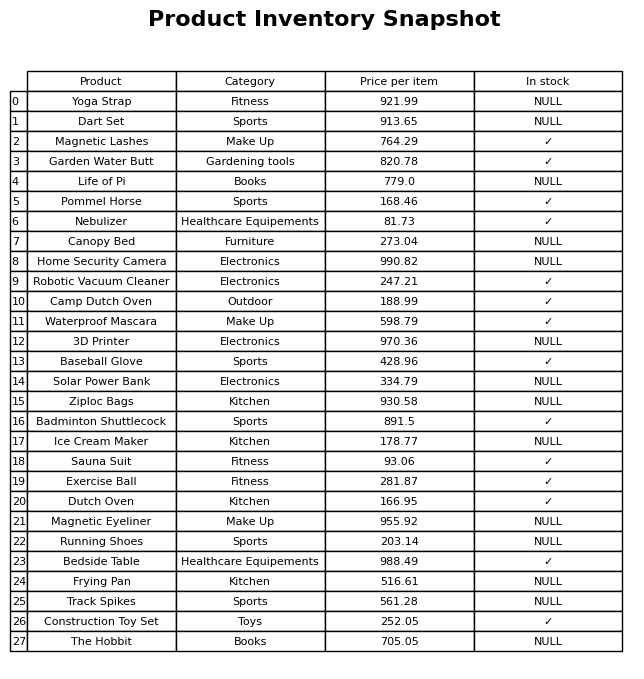
question: What is the price for Canopy Bed?
answer: The price of Canopy Bed is 273.04.